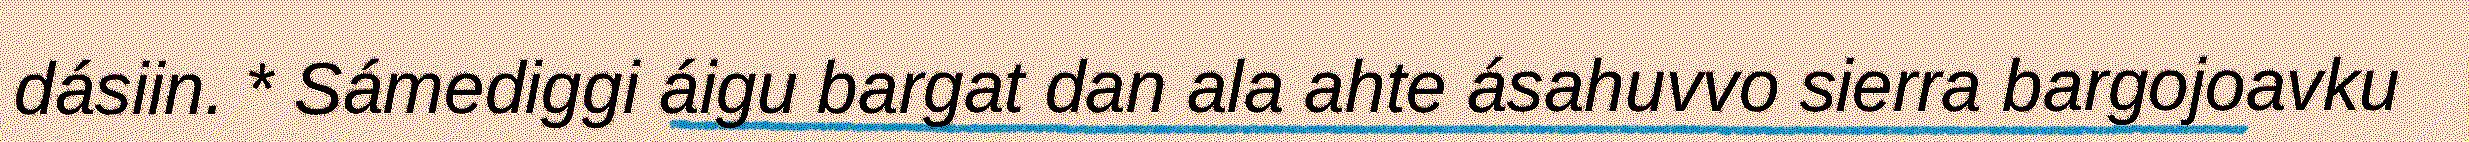
dásiin. * Sámediggi áigu bargat dan ala ahte ásahuvvo sierra bargojoavku